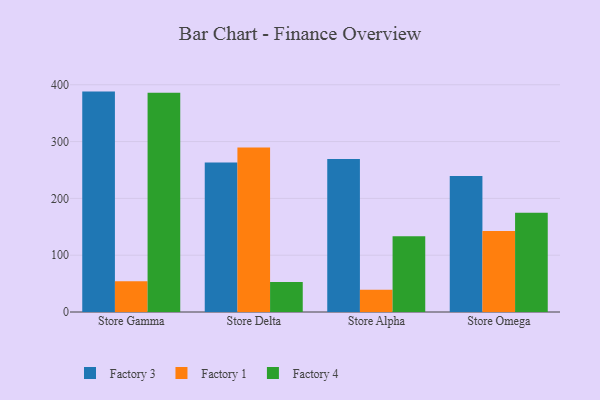
{"axis": {"x": "Store", "y": "Operating Costs (USD K)"}, "legend": ["Factory 1", "Factory 3", "Factory 4"], "data": [{"x": "Store Gamma", "y": 388.0, "type": "Factory 3"}, {"x": "Store Gamma", "y": 54.1, "type": "Factory 1"}, {"x": "Store Gamma", "y": 386.1, "type": "Factory 4"}, {"x": "Store Delta", "y": 263.0, "type": "Factory 3"}, {"x": "Store Delta", "y": 289.4, "type": "Factory 1"}, {"x": "Store Delta", "y": 52.6, "type": "Factory 4"}, {"x": "Store Alpha", "y": 269.3, "type": "Factory 3"}, {"x": "Store Alpha", "y": 39.0, "type": "Factory 1"}, {"x": "Store Alpha", "y": 133.2, "type": "Factory 4"}, {"x": "Store Omega", "y": 239.6, "type": "Factory 3"}, {"x": "Store Omega", "y": 142.6, "type": "Factory 1"}, {"x": "Store Omega", "y": 174.8, "type": "Factory 4"}]}